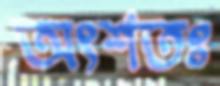
অংশতঃ